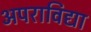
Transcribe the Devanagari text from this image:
अपराविद्या